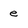
Character: e